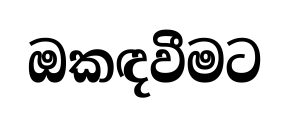
ඔකඳවීමට